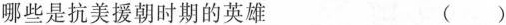
哪些是抗美援朝时期的英雄 ()